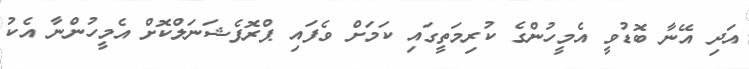
އަދި އޭނާ ބޮޑުވީ އެމީހުންގެ ކުރިމަތީގައި ކަމަށް ވެފައި ޕްރޮފެޝަނަލްކޮށް އެމީހުންނާ އެކު